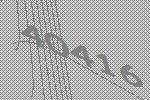
40416